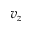
v _ { z }